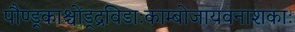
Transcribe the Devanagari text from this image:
पौण्ड्रकाश्चोंड्रद्रविडाःकाम्बोजायवनाशकाः